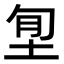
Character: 𡋜